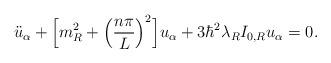
LaTeX: \begin{align*}\ddot{u}_{\alpha} + \Bigl[m^2_R + \Bigl(\frac{n \pi}{L} \Bigr)^2\Bigr] u_{\alpha} + 3 \hbar^2 \lambda_R I_{0,R} u_{\alpha} = 0.\end{align*}